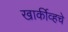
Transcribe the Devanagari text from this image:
खार्कीव्हचे